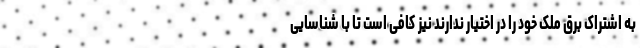
به اشتراک برق ملک خود را در اختیار ندارند نیز کافی است تا با شناسایی